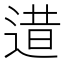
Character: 逪